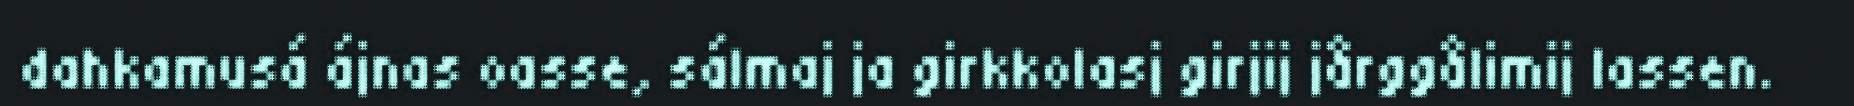
dahkamusá ájnas oasse, sálmaj ja girkkolasj girjij jårggålimij lassen.